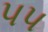
પપ